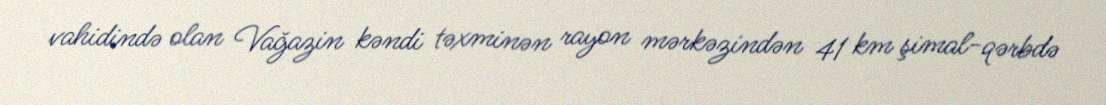
vahidində olan Vağazin kəndi təxminən rayon mərkəzindən 41 km şimal-qərbdə